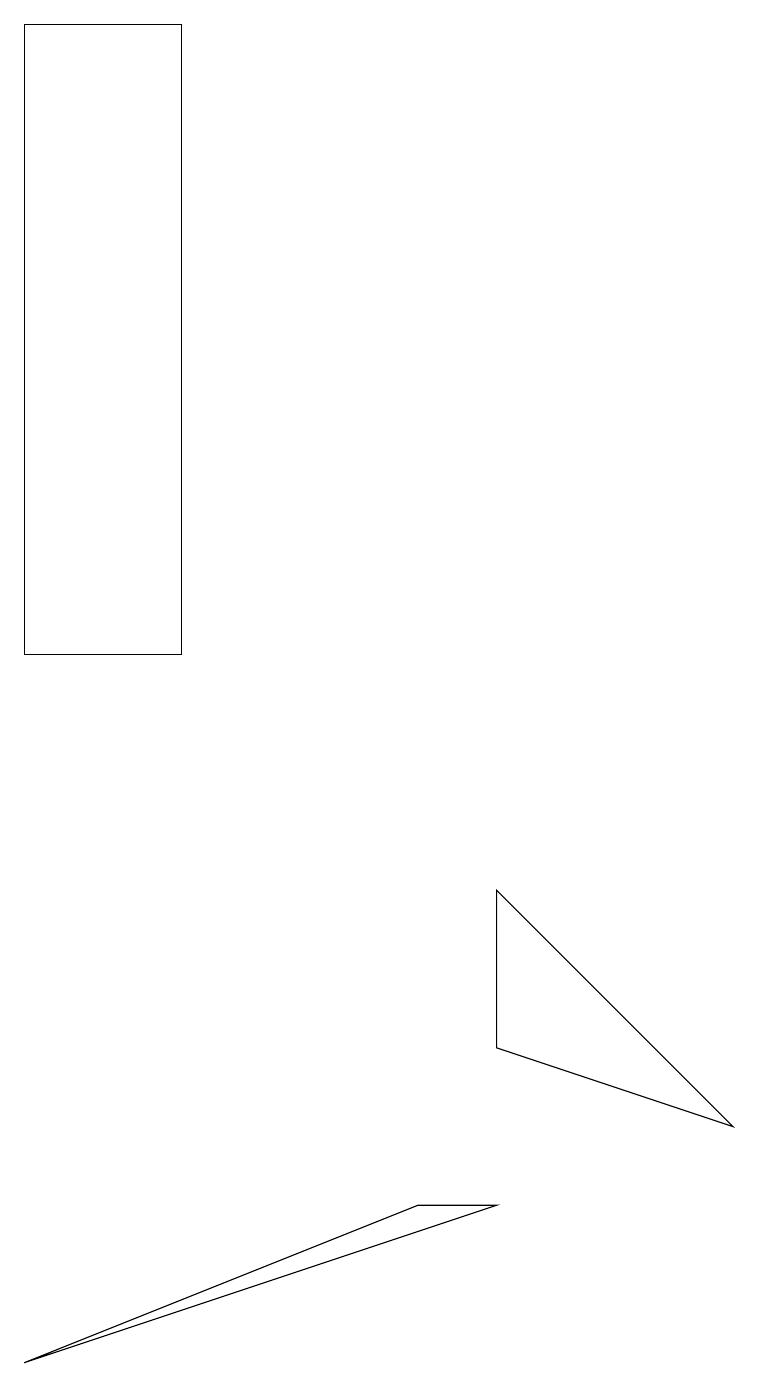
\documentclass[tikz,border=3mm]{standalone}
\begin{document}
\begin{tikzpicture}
\draw (6,5) -- (6,7) -- (9,4) -- cycle;
\draw (0,1) -- (6,3) -- (5,3) -- cycle;
\draw (2,10) rectangle (0,18);
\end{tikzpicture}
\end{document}